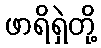
ဖာရိရှဲတို့